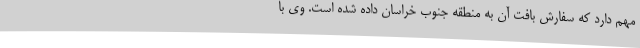
مهم دارد که سفارش بافت آن به منطقه جنوب خراسان داده شده است. وی با